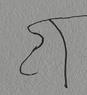
Signature authenticity: forged